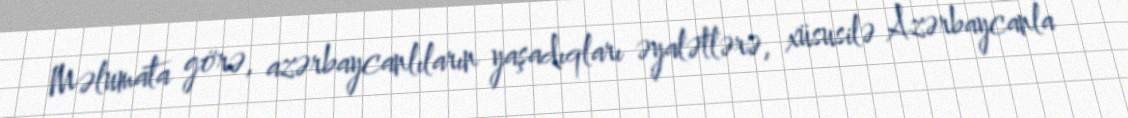
Məlumata görə, azərbaycanlıların yaşadıqları əyalətlərə, xüsusilə Azərbaycanla